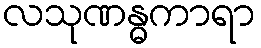
လသုဏန္ဓကာရာ